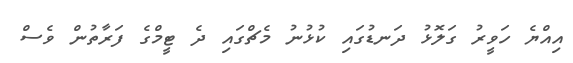
އިއްޔެ ހަވީރު ގަލޮޅު ދަނޑުގައި ކުޅުނު މެޗްގައި ދެ ޓީމްގެ ފަރާތުން ވެސް